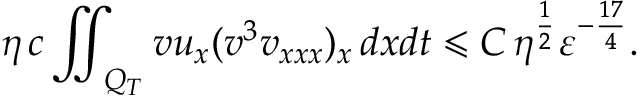
\eta \, c \iint _ { Q _ { T } } { v u _ { x } ( v ^ { 3 } v _ { x x x } ) _ { x } \, d x d t } \leqslant C \, \eta ^ { \frac { 1 } { 2 } } \varepsilon ^ { - \frac { 1 7 } { 4 } } .